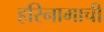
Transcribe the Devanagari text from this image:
हरिनामाची